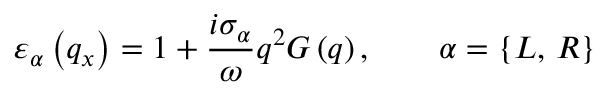
{ { \varepsilon } _ { \alpha } } \left( { { q } _ { x } } \right) = 1 + \frac { i { { \sigma } _ { \alpha } } } { \omega } { { q } ^ { 2 } } G \left( q \right) , \qquad \alpha = \{ L , \, R \}